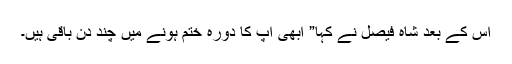
اس کے بعد شاہ فیصل نے کہا” ابھی آپ کا دورہ ختم ہونے میں چند دن باقی ہیں۔